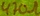
Text: 470Ω